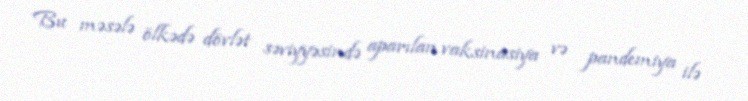
Bu məsələ ölkədə dövlət səviyyəsində aparılan vaksinasiya və pandemiya ilə